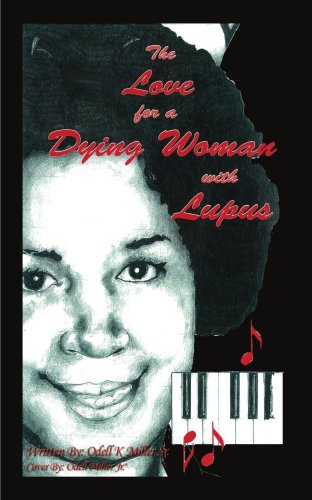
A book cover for The Love for a Dying Woman with Lupus; ODELL MILLER SR; Health, Fitness & Dieting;